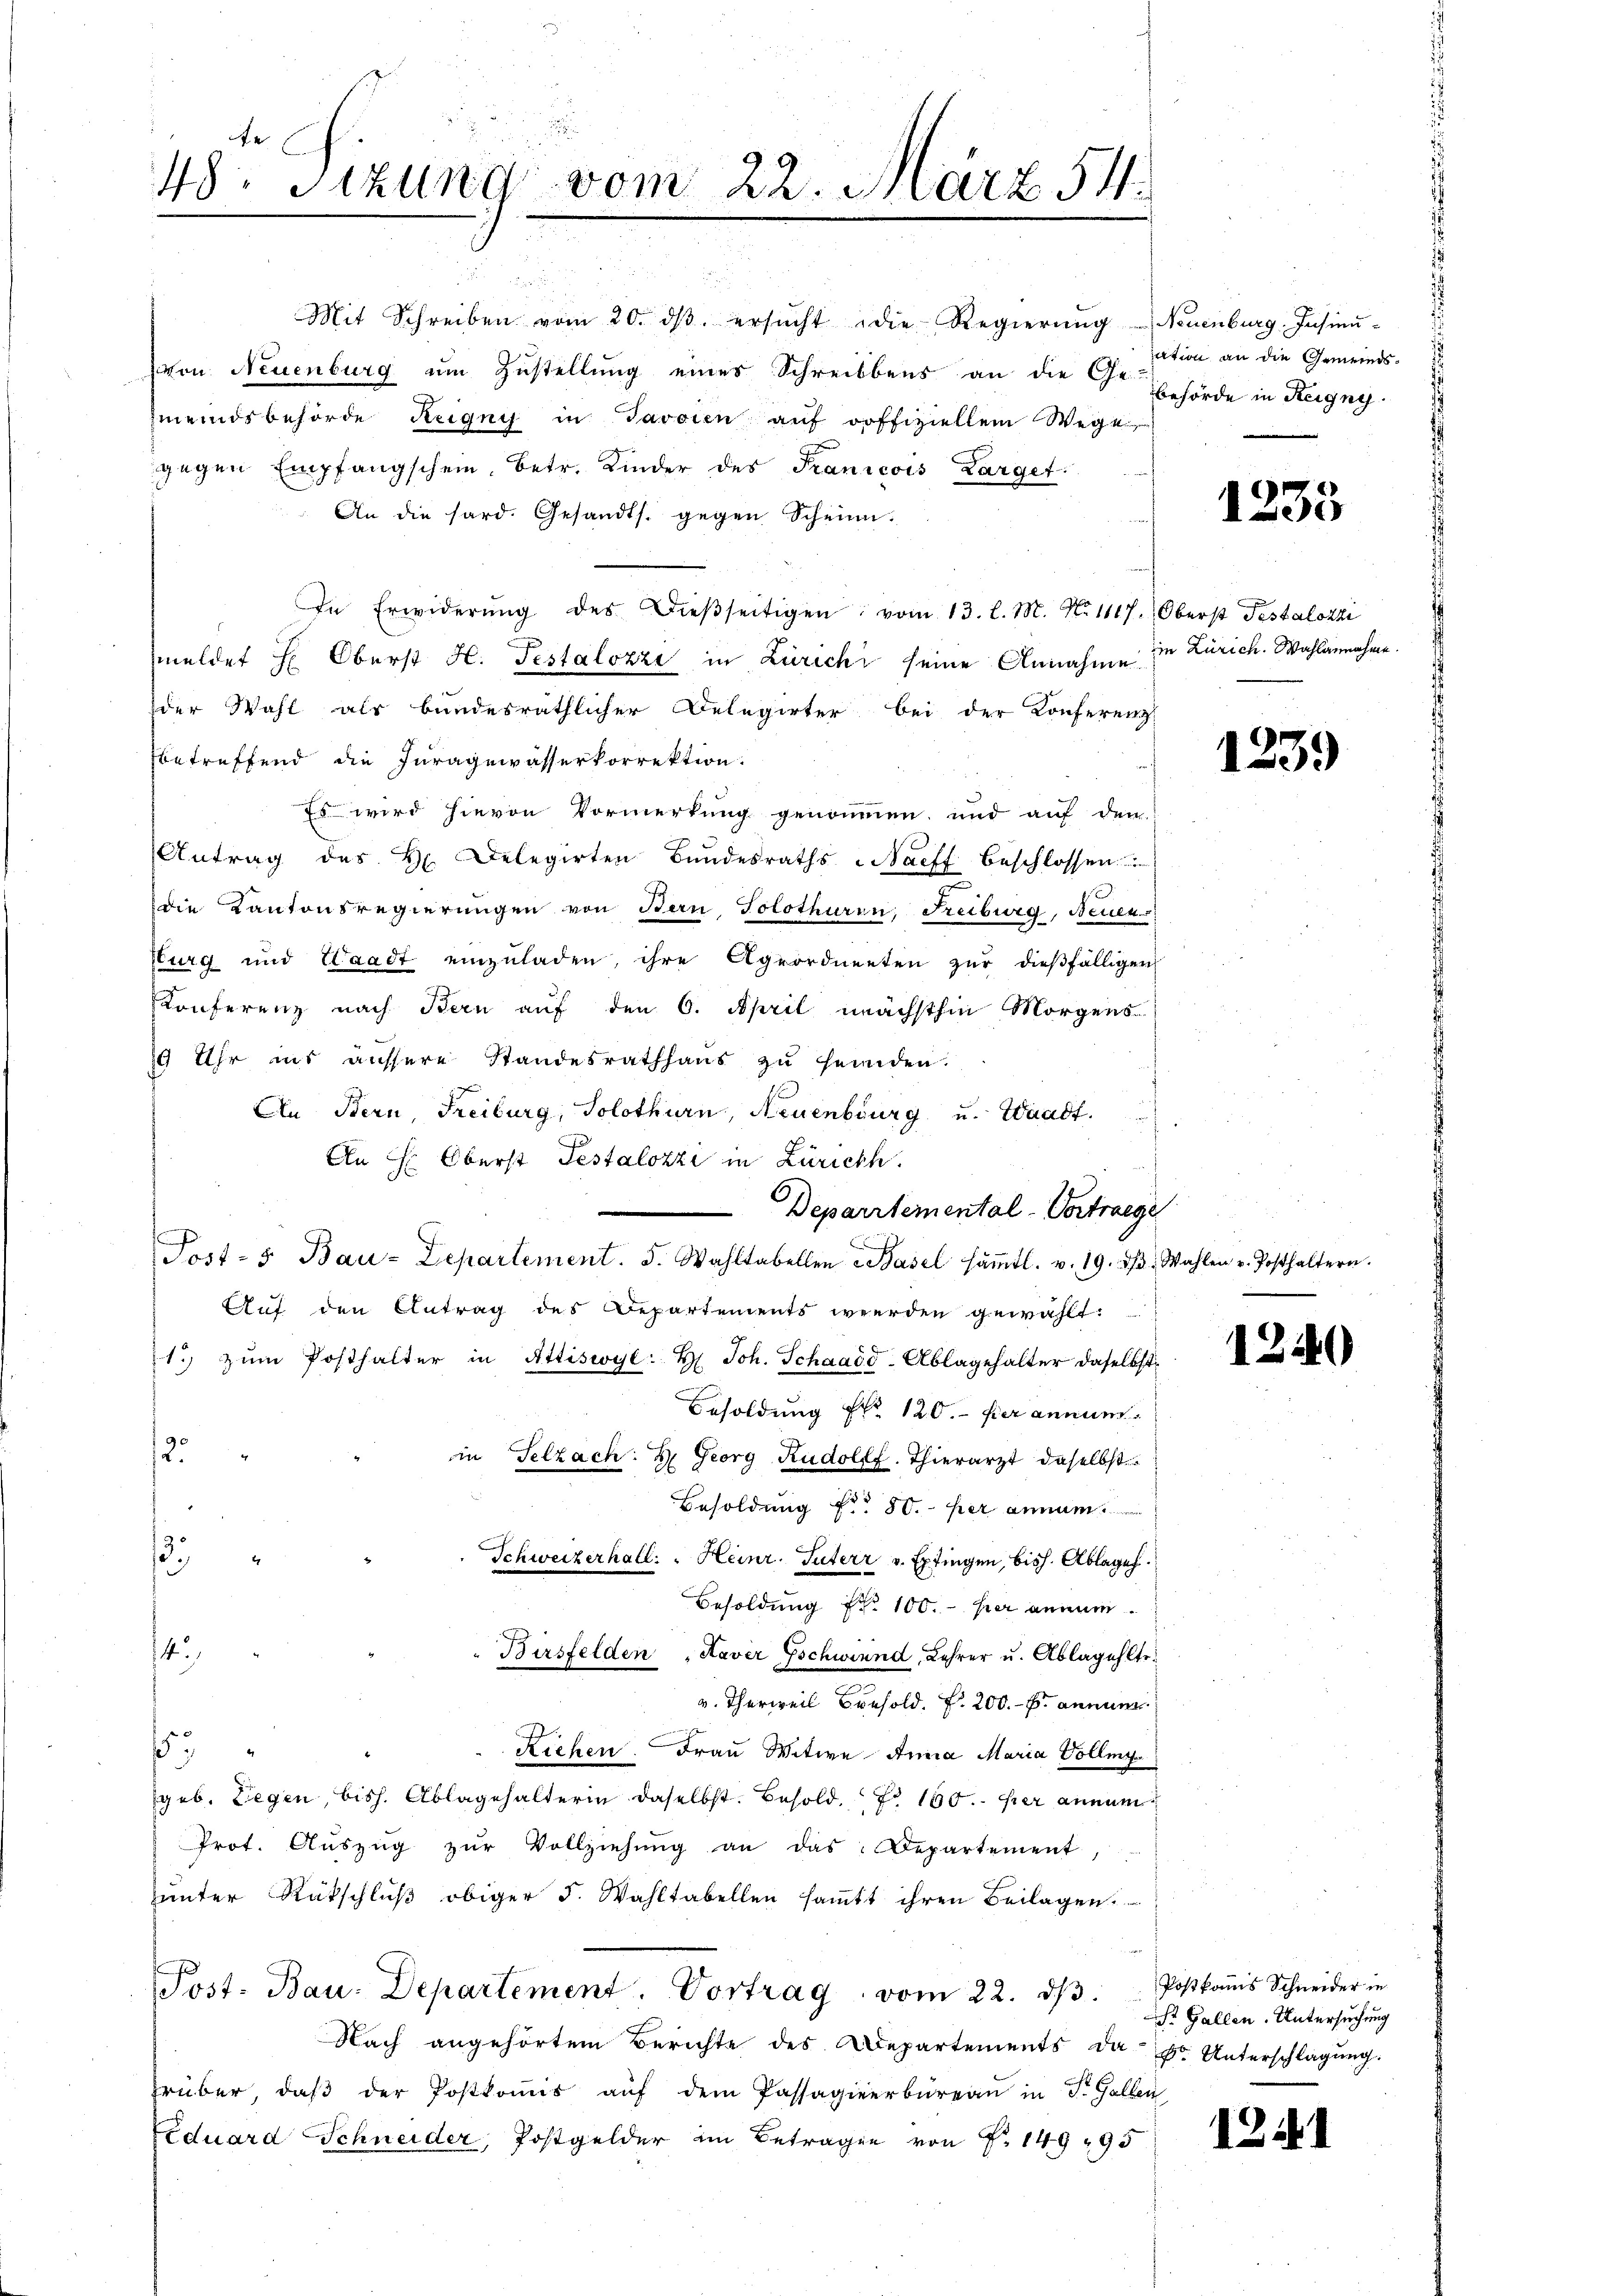
¬

48 Sizung vom 22. März 541.

Mit Schreiben vom 20. dβ. ersŭcht die Regierŭng Neuenburg. Insinŭ-
(von Neuenburg um Zustellung eines Schreibbens an die der Behörde in Regny.
meindsbehörde Reigny in Javaien auf roffiziellem Wege
gegen Empfangschein, betr. Kinder des Francois Larget
An die hard. Gesandts. gegen Schein.
In Erwiderŭng des dieβseitigen vom 13. l. M. N. 1117. Oberst Testalozzi
meldet H: Oberst H. Testalozzi in Zürichi seine Annahme
der Wahl als bundesräthlicher Delegirter bei der Konferenz
betreffend die Juragewasserkorrektion.
Es wird hievon Vormerkung genommen, und auf den
Antrag des H. Delegirten Bŭndesraths-Nacff beschlossen
die Kantonsregierungen von Bern, Solothuren, Freiburg, Neuen
burg und Waadt einzŭladen, ihre Ageordnenten zur dießfälligen
Konferenz nach Bern auf den 6. April nächsthin Morgens
19 Uhr ins äussere Standesrathhaus zu feinden.
An Bern, Freiburg, Solothurn, Neuenburg u. Waadt.
An H: Oberst Testalozzi in Zürichh
e
Departemental-Vortraege
Post- & Bau-Departement. 5. Wahltabellen Basel sämtl. v. 19. dβ. Wahlen v. Posthaltern.
Auf den Antrag des Departements werden gewählt:
1) zŭm Posthalter in Attiswye: H. Joh. Schaaöd-Ablagehalter daselbst
Besoldung No 120. her annum
2
in Selzach: H. Georg Rudolff. Thierarzt daselbst
Besoldung Nr. 80. her annum
1
Schweizerhall: " Heinr. Güterr v. Eptingen, bish. Ablage.
Besoldung Nr. 100. hier annun
4
Birsfelden „Kaver Gschwind, Lehrer u. Ablagehlte.
v. Therweil Bresold. P. 200. f. annue
.
Riehen. Frau Witwe Anna Maria Vollm
(geb. Liegen, bish. Ablagehalterin daselbst. Besold. No. 160. per annum
Prot. Aŭszŭg zŭr Vollziehŭng an das Departement
unter Ratschlŭβ obiger 5. Wahltabellen saṁtt ihren Beilagen.
Post. Bau. Departement. Vortrag vom 22. dβ.
Nach angehörtem Berichte des Departements da Dr. Unterschlagung.
rüber, daβ der Postkoṁis aŭf dem Passagieerbüreaŭ in St. Gallen
Eduard Schneider, Postgelder im Betragen von Nr. 149, 95

sation an die Gemeinds¬

1235

in Zürich. Wahlannahme.

1239

12.

12.

0

Postkommis Schneider in
St. Gallen. Untersuchung

.